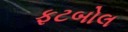
ફટબોલ